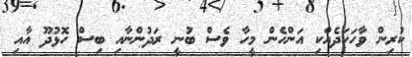
ކުރިން ވާހަކަދެއްކި އަންހެން މީހާ ވެސް ބުނީ ރަދުންނާއި ބިސް ހޮޅުދޫ އާއި